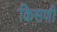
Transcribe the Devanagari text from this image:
किसणी